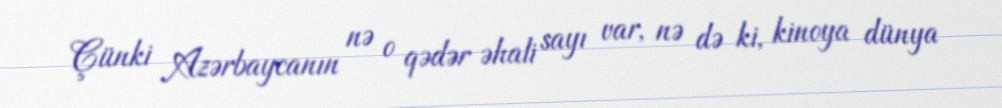
Çünki Azərbaycanın nə o qədər əhali sayı var, nə də ki, kinoya dünya